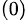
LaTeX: ^{(0)}